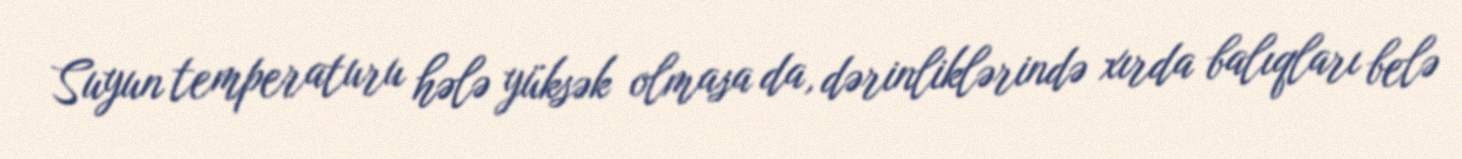
Suyun temperaturu hələ yüksək olmasa da, dərinliklərində xırda balıqları belə